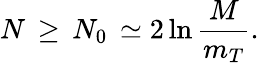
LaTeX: N\, \geq\, N_{0}\, \simeq 2\ln\frac{M}{m_{T}}.